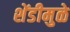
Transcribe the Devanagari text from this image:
शेंडीमुळे